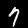
Digit: 7